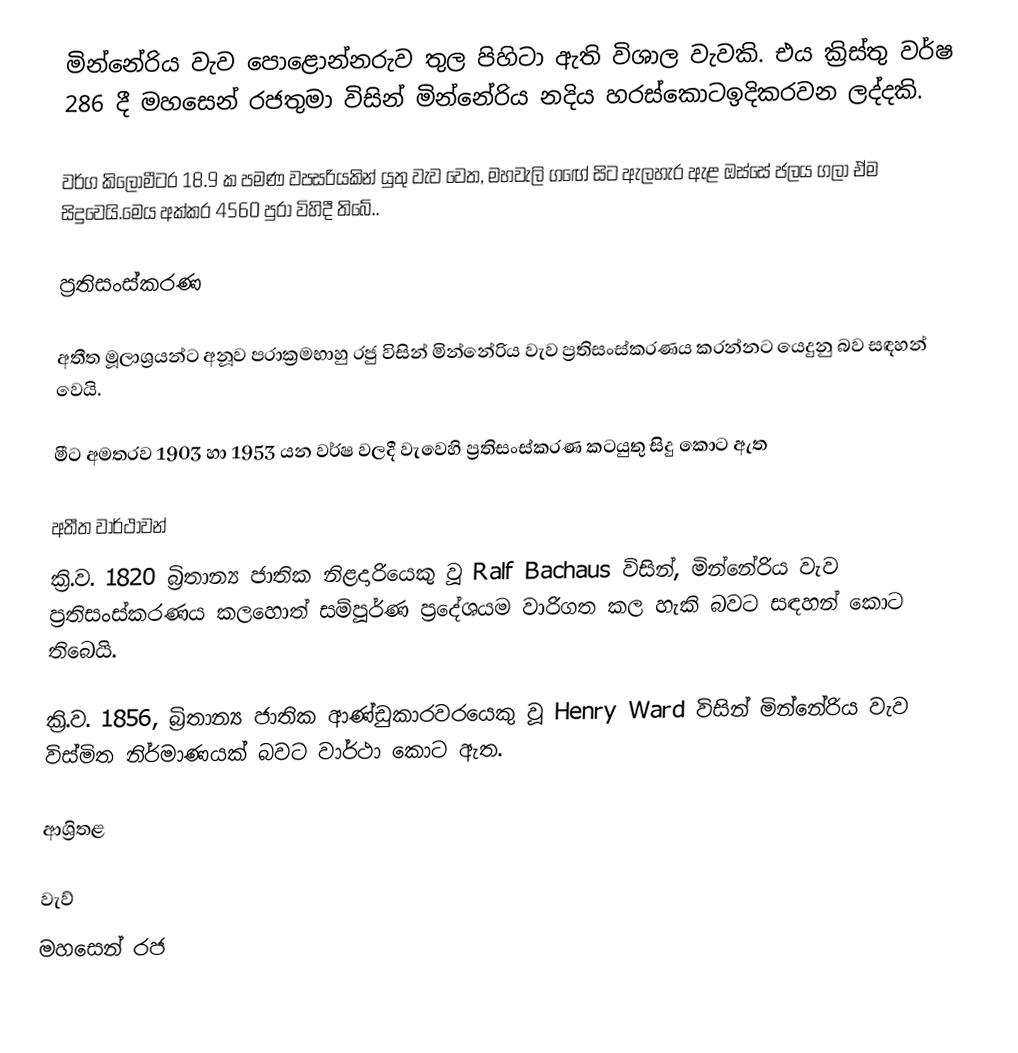
මින්නේරිය වැව පොළොන්නරුව තුල පිහිටා ඇති විශාල වැවකි. එය ක්‍රිස්තු වර්ෂ 286 දී මහසෙන් රජතුමා විසින් මින්නේරිය නදිය හරස්කොටඉදිකරවන ලද්දකි.

වර්ග කිලෝමීටර 18.9 ක පමණ වපසරියකින් යුතු වැව වෙත, මහවැලි ගඟේ සිට ඇලහැර ඇළ ඔස්සේ ජලය ගලා ඒම සිදුවෙයි.මෙය අක්කර 4560 පුරා විහිදී තිබේ..

   ප්‍රතිසංස්කරණ

අතීත මූලාශ්‍රයන්ට අනූව පරාක්‍රමභාහු රජු විසින් මින්නේරිය වැව ප්‍රතිසංස්කරණය කරන්නට යෙදුනු බව සඳහන් වෙයි.

මීට අමතරව 1903 හා 1953 යන වර්ෂ වලදී වැවෙහි ප්‍රතිසංස්කරණ කටයුතු සිදු කොට ඇත

අතීත වාර්ථාවන්
ක්‍රි.ව. 1820 බ්‍රිතාන්‍ය ජාතික නිළදාරියෙකු වූ Ralf Bachaus විසින්, මින්නේරිය වැව ප්‍රතිසංස්කරණය කලහොත් සම්පූර්ණ ප්‍රදේශයම වාරිගත කල හැකි බවට සඳහන් කොට තිබෙයි.

ක්‍රි.ව. 1856, බ්‍රිතාන්‍ය ජාතික ආණ්ඩුකාරවරයෙකු වූ Henry Ward විසින් මින්නේරිය වැව විස්මිත නිර්මාණයක් බවට වාර්ථා කොට ඇත.

ආශ්‍රිතළ

වැව්
මහසෙන් රජ